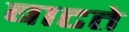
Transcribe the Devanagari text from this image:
बाटते